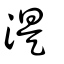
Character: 湜